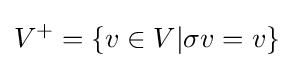
V^{+}=\{v\in V|\sigma v=v\}